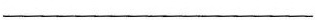
___